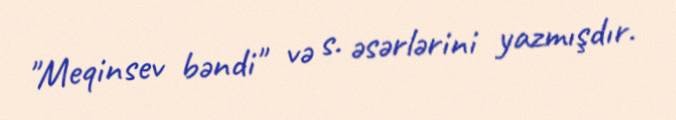
"Meqinsev bəndi" və s. əsərlərini yazmışdır.